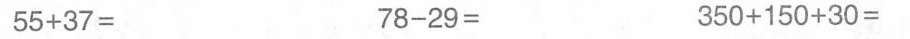
55+37= 78-29= 350+150+30=